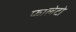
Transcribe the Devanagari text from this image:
फालेटो